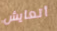
أتعايش